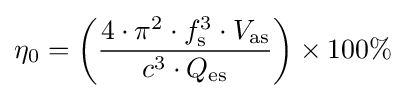
\eta _{0}=\left({\frac {4\cdot \pi ^{2}\cdot f_{\rm {s}}^{3}\cdot V_{\rm {as}}}{c^{3}\cdot Q_{\rm {es}}}}\right)\times 100\%